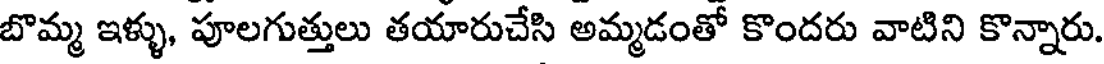
బొమ్మ ఇళ్ళు, పూలగుత్తులు తయారుచేసి అమ్మడంతో కొందరు వాటిని కొన్నారు.